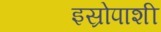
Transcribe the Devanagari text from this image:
इस्रोपाशी